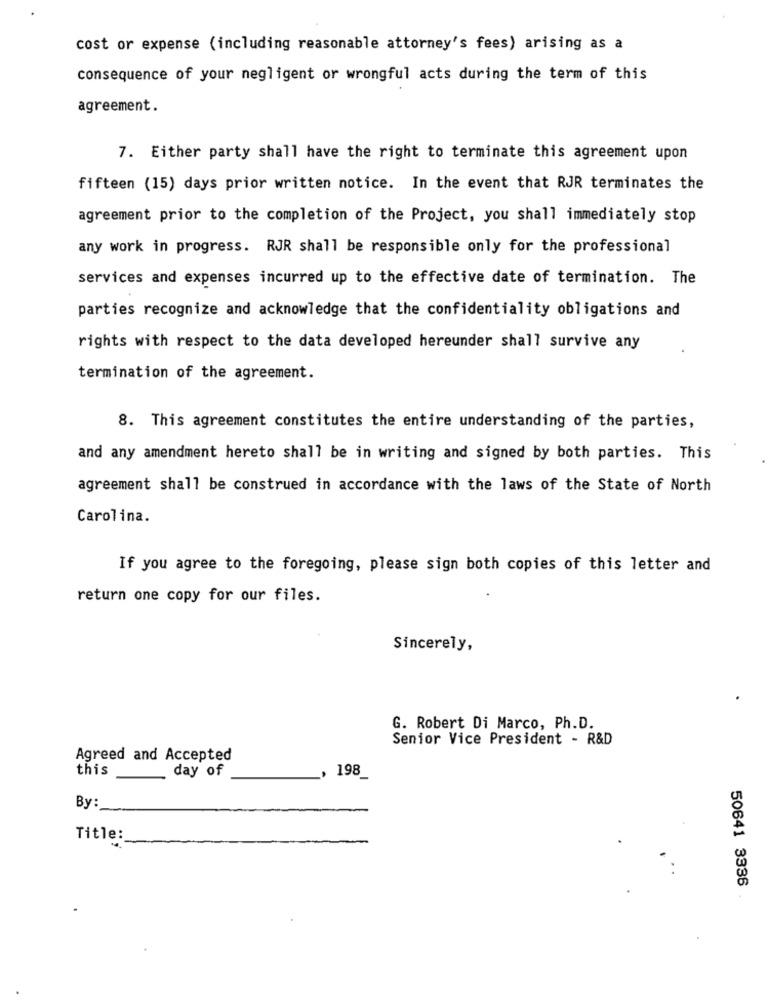
cost or expense (including reasonable attorney's fees) arising as a
consequence of your negligent or wrongful acts during the term of this
agreement.
7. Either party shall have the right to terminate this agreement upon
fifteen (15) days prior written notice. In the event that RJR terminates the
agreement prior to the completion of the Project, you shall immediately stop
any work in progress. RJR shall be responsible only for the professional
services and expenses incurred up to the effective date of termination. The
parties recognize and acknowledge that the confidentiality obligations and
rights with respect to the data developed hereunder shall survive any
termination of the agreement.
8. This agreement constitutes the entire understanding of the parties,
and any amendment hereto shall be in writing and signed by both parties. This
agreement shall be construed in accordance with the laws of the State of North
Carolina.
If you agree to the foregoing, please sign both copies of this letter and
return one copy for our files.
Sincerely,
G. Robert Di Marco, Ph.D.
Senior Vice President - R&D
Agreed and Accepted
this
day of
198
By:
Title:
50641 3336